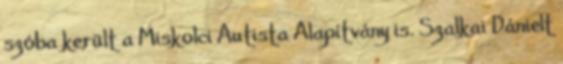
szóba került a Miskolci Autista Alapítvány is. Szalkai Dánielt